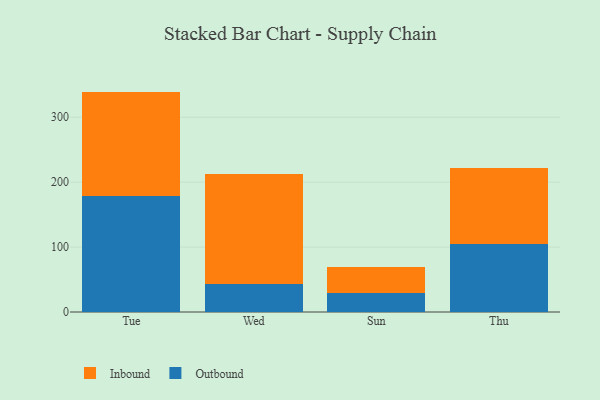
{"axis": {"x": "Day", "y": "Tickets Resolved"}, "legend": ["Inbound", "Outbound"], "data": [{"x": "Tue", "y": 178.9, "type": "Outbound"}, {"x": "Tue", "y": 160.5, "type": "Inbound"}, {"x": "Wed", "y": 43.4, "type": "Outbound"}, {"x": "Wed", "y": 169.2, "type": "Inbound"}, {"x": "Sun", "y": 30.0, "type": "Outbound"}, {"x": "Sun", "y": 39.8, "type": "Inbound"}, {"x": "Thu", "y": 105.1, "type": "Outbound"}, {"x": "Thu", "y": 116.1, "type": "Inbound"}]}